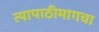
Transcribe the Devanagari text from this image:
त्यापाठीमागचा